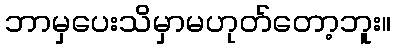
ဘာမှပေးသိမှာမဟုတ်တော့ဘူး။